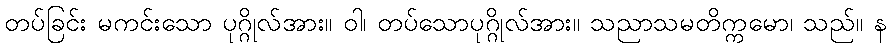
တပ်ခြင်း မကင်းသော ပုဂ္ဂိုလ်အား။ ဝါ၊ တပ်သောပုဂ္ဂိုလ်အား။ သညာသမတိက္ကမော၊ သည်။ န